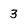
Character: 3